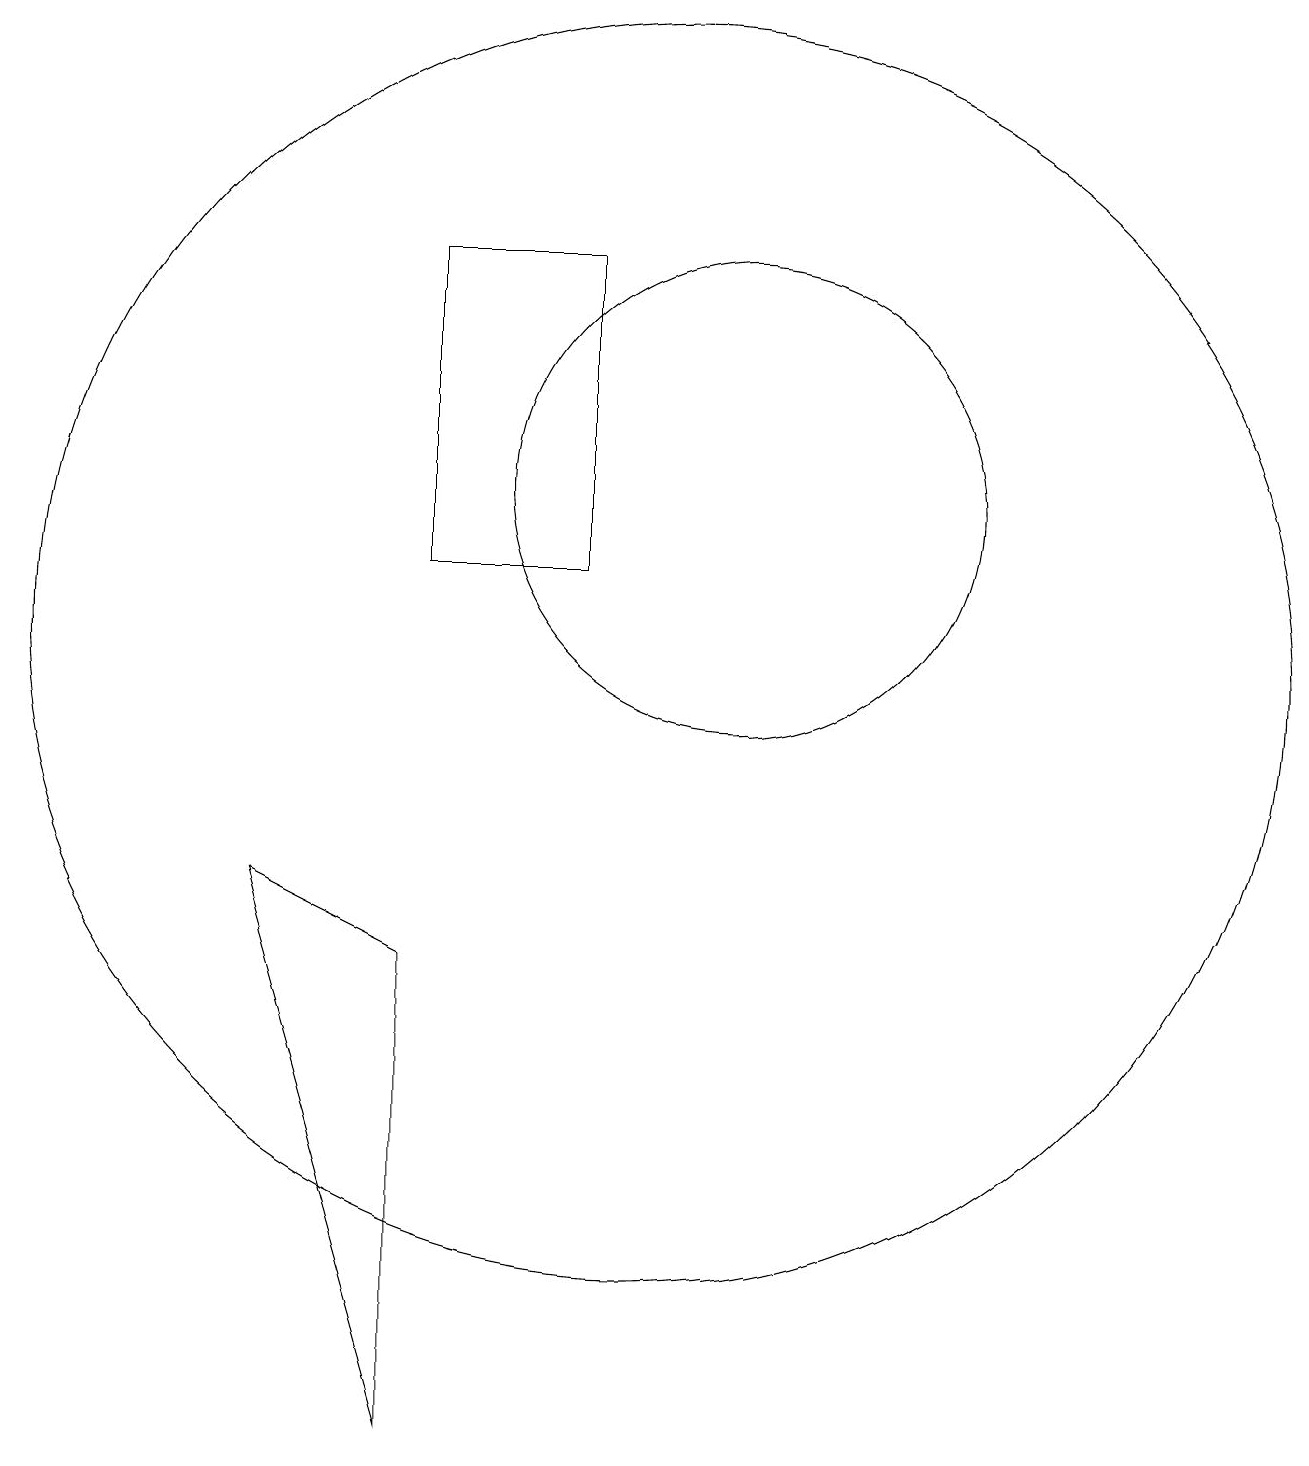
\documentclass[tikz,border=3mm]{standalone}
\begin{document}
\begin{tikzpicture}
\draw (10,10) circle (8);
\draw (9,15) rectangle (7,11);
\draw (11,12) circle (3);
\draw (5,7) -- (7,6) -- (7,0) -- cycle;
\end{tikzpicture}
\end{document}